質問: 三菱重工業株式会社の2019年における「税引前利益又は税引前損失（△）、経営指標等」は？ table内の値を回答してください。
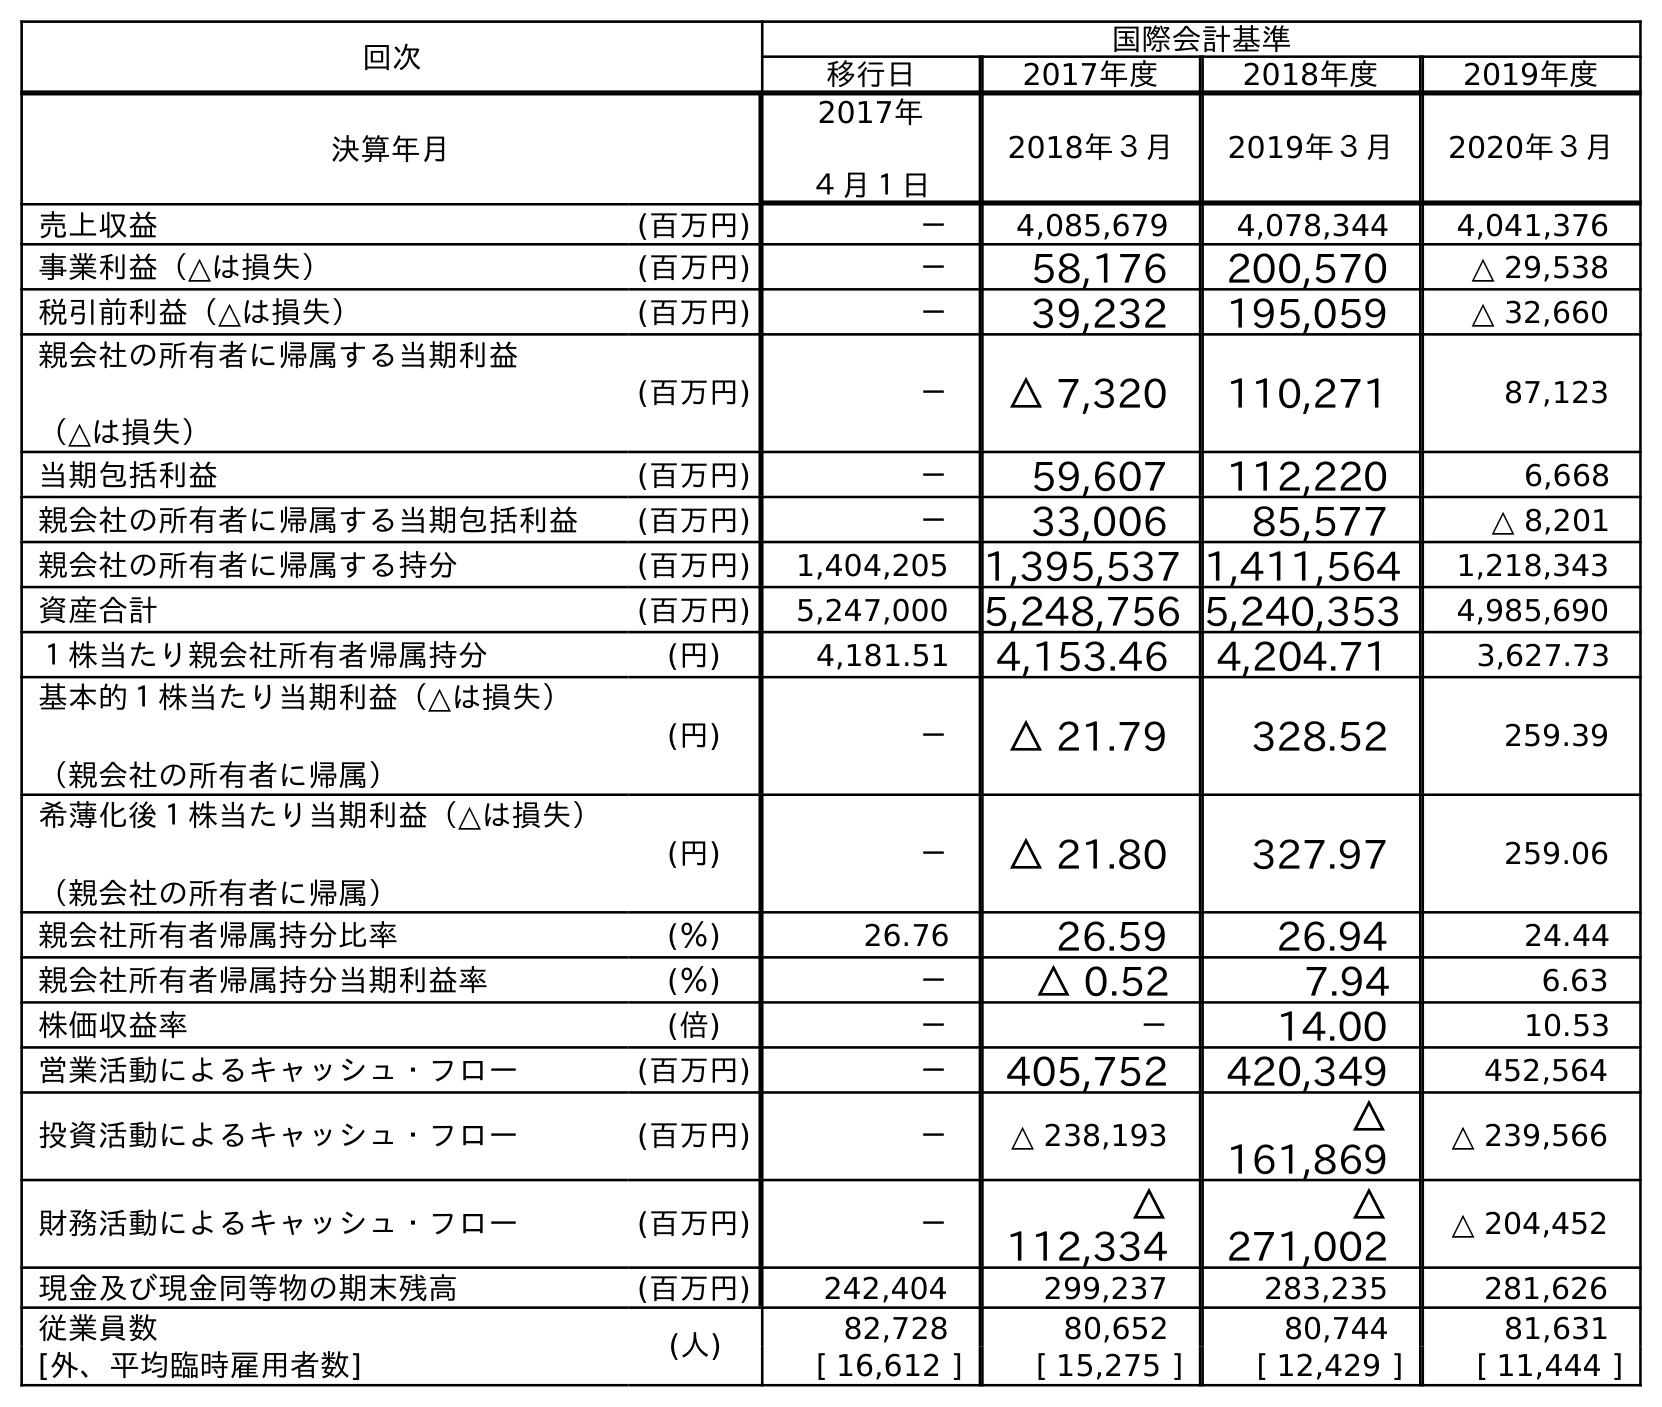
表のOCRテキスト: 回次 国際会計基準 移行日 2017年度 2018年度 2019年度 決算年月 2017年 ４月１日 2018年３月 2019年３月 2020年３月 売上収益 (百万円) － 4,085,679 4,078,344 4,041,376 事業利益（△は損失） (百万円) － 58,176 200,570 △ 29,538 税引前利益（△は損失） (百万円) － 39,232 195,059 △ 32,660 親会社の所有者に帰属する当期利益 （△は損失） (百万円) － △ 7,320 110,271 87,123 当期包括利益 (百万円) － 59,607 112,220 6,668 親会社の所有者に帰属する当期包括利益 (百万円) － 33,006 85,577 △ 8,201 親会社の所有者に帰属する持分 (百万円) 1,404,205 1,395,537 1,411,564 1,218,343 資産合計 (百万円) 5,247,000 5,248,756 5,240,353 4,985,690 １株当たり親会社所有者帰属持分 (円) 4,181.51 4,153.46 4,204.71 3,627.73 基本的１株当たり当期利益（△は損失） （親会社の所有者に帰属） (円) － △ 21.79 328.52 259.39 希薄化後１株当たり当期利益（△は損失） （親会社の所有者に帰属） (円) － △ 21.80 327.97 259.06 親会社所有者帰属持分比率 (％) 26.76 26.59 26.94 24.44 親会社所有者帰属持分当期利益率 (％) － △ 0.52 7.94 6.63 株価収益率 (倍) － － 14.00 10.53 営業活動によるキャッシュ・フロー (百万円) － 405,752 420,349 452,564 投資活動によるキャッシュ・フロー (百万円) － △ 238,193 △ 161,869 △ 239,566 財務活動によるキャッシュ・フロー (百万円) － △ 112,334 △ 271,002 △ 204,452 現金及び現金同等物の期末残高 (百万円) 242,404 299,237 283,235 281,626 従業員数 (人) 82,728 80,652 80,744 81,631 [外、平均臨時雇用者数] [ 16,612 ] [ 15,275 ] [ 12,429 ] [ 11,444 ]
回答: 195,059